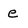
Character: e